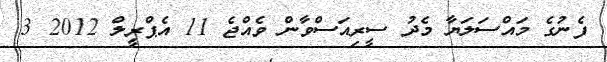
ފެނުގެ މައްސަލަޔާ މެދު ސީރިއަސްވާން ވެއްޖެ 11 އެޕްރީލް 2012 3